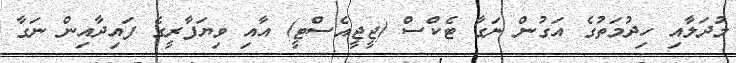
މުދަލާއި ހިދުމަތުގެ އަގުން ނަގާ ޓެކްސް (ޖީޖީއެސްޓީީ) އާއި ވިޔަފާރީގެ ފައިދާއިން ނަގާ